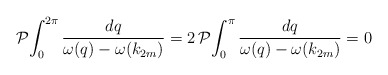
\begin{align*}\mathcal{P} \! \int_0^{2\pi}\frac{d q }{\omega(q)-\omega(k_{2m})}=2\, \mathcal{P} \!\int_0^{\pi}\frac{d q }{\omega(q)-\omega(k_{2m})}=0\end{align*}